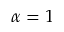
\alpha = 1